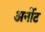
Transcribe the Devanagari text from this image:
अर्नोट